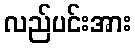
လည်ပင်းအား